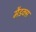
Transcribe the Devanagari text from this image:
मैडक्स